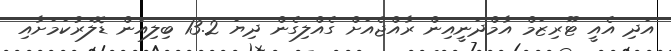
އަދި އެއީ ޓޫރިޒަމް އާމްދަނީއިން ރާއްޖެއަށް ގެއްލިގެން ދިޔަ 13.2 ބިލިއަން ޑޮލަރުކަމަށާއި